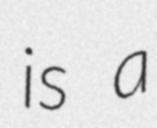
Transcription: is a